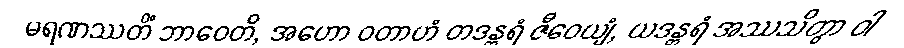
မရဏဿတိံ ဘာဝေတိ, အဟော ဝတာဟံ တဒန္တရံ ဇီဝေယျံ, ယဒန္တရံ အဿသိတွာ ဝါ